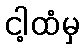
ငါ့ထံမှ